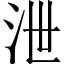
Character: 泄